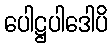
ပေါဋ္ဌပါဒေါပိ